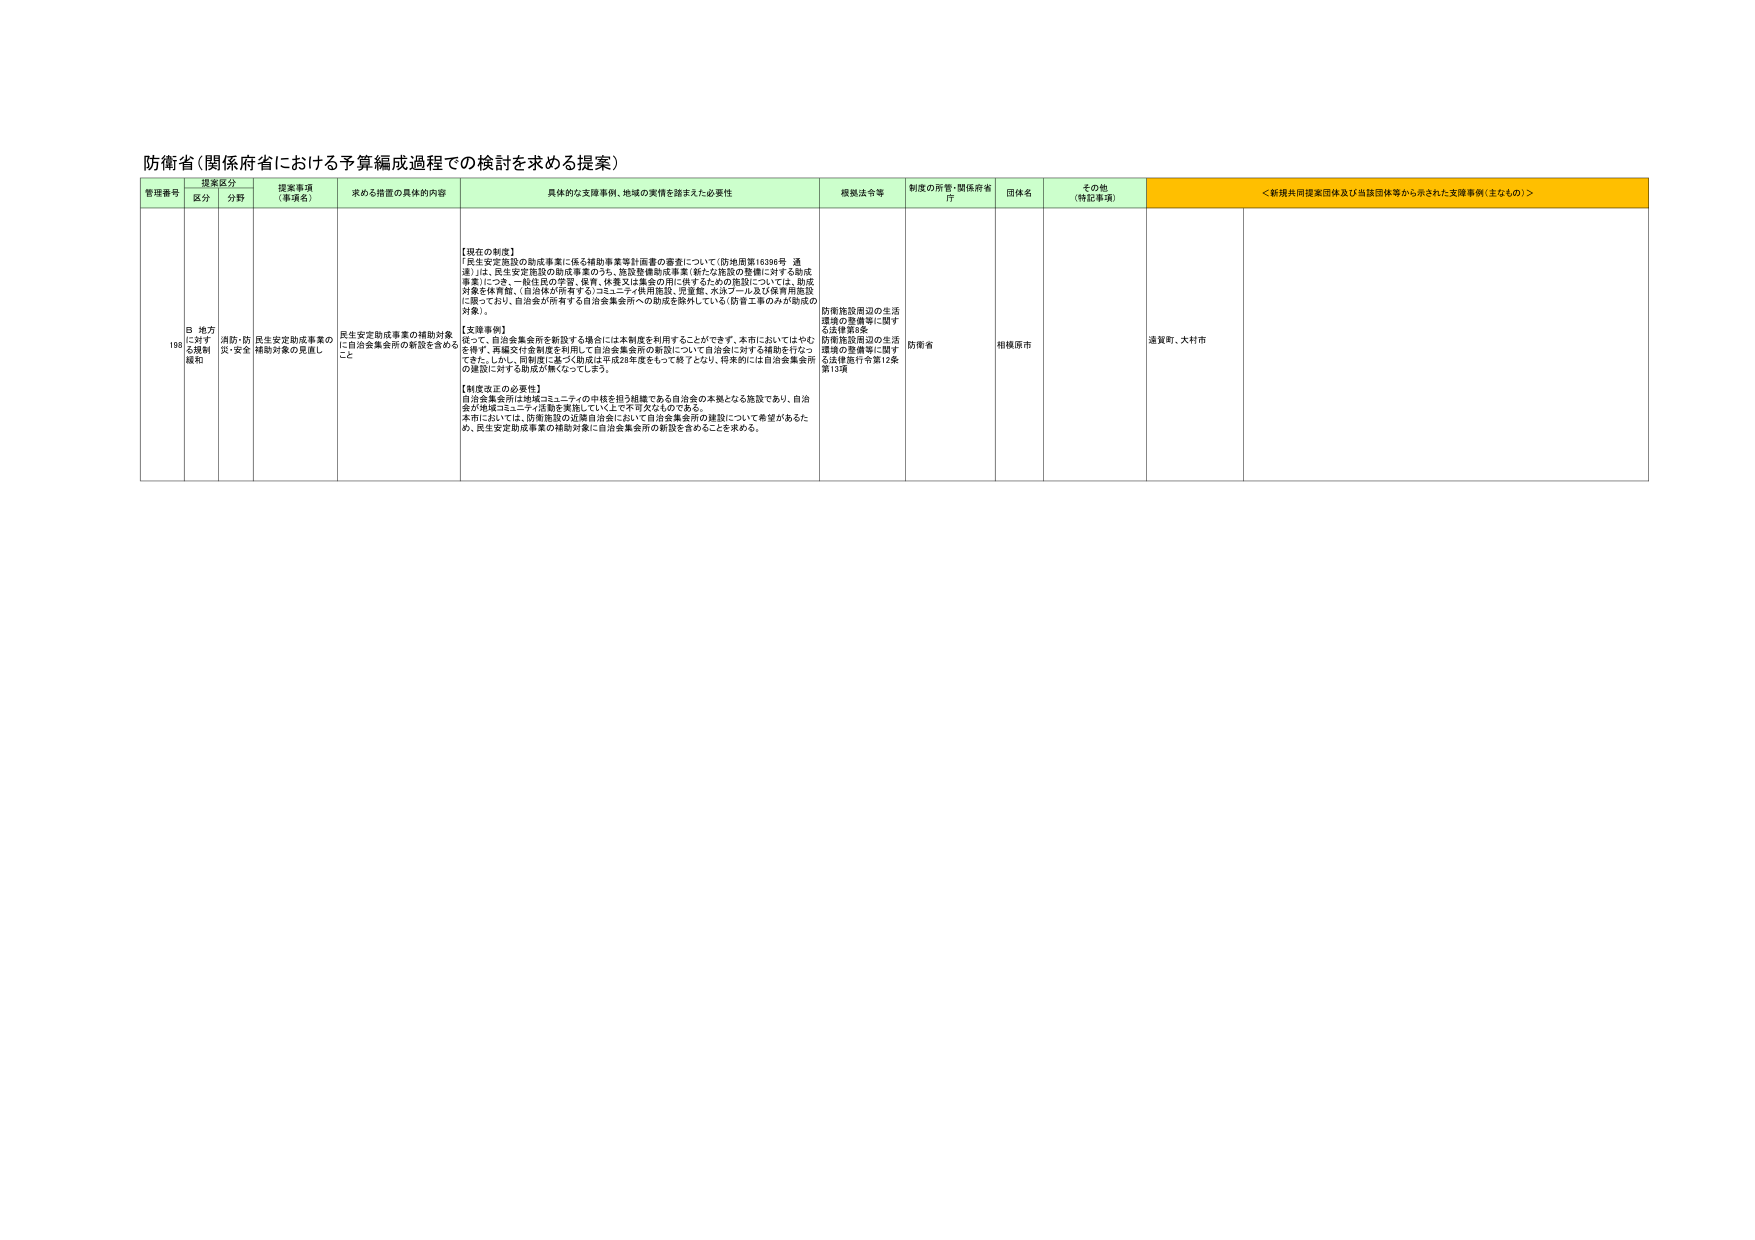
防衛省（関係府省における予算編成過程での検討を求める提案）

管理番号 提案区分 提案事項（事項名） 求める措置の具体的内容 具体的な支援事例、地域の実情を踏まえた必要性 根拠法令等 制度の所管・関係府省庁 団体名 その他（特記事項） ＜新規共同提案団体及び当該団体等から示された支援事例（主なもの）＞
区分 分野

198 B 地方に対する規制緩和 消防・防災・安全 民生安定助成事業の補助対象の見直し 民生安定助成事業の補助対象に自治会集会所の新設を含めること 【現在の制度】
「民生安定施設の助成事業に係る補助事業等計画書の審査について（防地周第16396号 通達）」は、民生安定施設の助成事業のうち、施設整備助成事業（新たな施設の整備に対する助成事業）につき、一般住民の防災、保育、体育又は集会の用に供するための施設については、助成対象を体育館、（自治体が所有する）コミュニティ併用施設、児童館、水泳プール及び保育用施設に限っており、自治会が所有する自治会集会所への助成を除外している（防管工事のみが助成の対象）。

【支援事例】
従って、自治会集会所を新設する場合には本制度を利用することができます。本市においてはやむを得ず、再編交付金制度を利用して自治会集会所の新設について自治会に対する補助を行なってきた。しかし、同制度に基づく助成は平成28年度をもって終了となり、将来的には自治会集会所の建設に対する助成が無くなってしまう。

【制度改正の必要性】
自治会集会所は地域コミュニティの中核を担う組織である自治会の本拠となる施設であり、自治会が地域コミュニティ活動を実施していく上で不可欠なものである。
本市においては、防衛施設の近隣自治会において自治会集会所の建設について希望があるため、民生安定助成事業の補助対象に自治会集会所の新設を含めることを求める。
防衛施設周辺の生活環境の整備等に関する法律第3条
防衛施設周辺の生活環境の整備等に関する法律施行令第12条第13項
防衛省 相模原市 通貨町、大村市